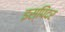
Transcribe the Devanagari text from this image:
इस्पिंदर